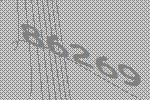
86269